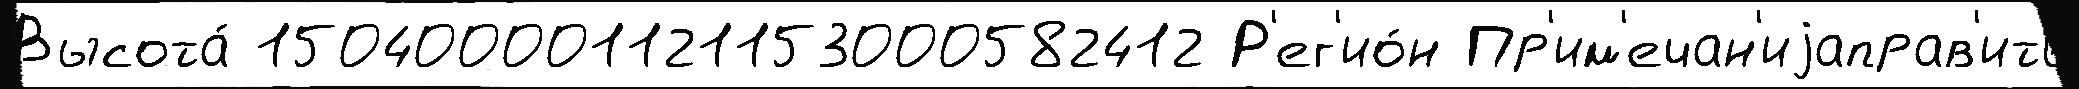
Высота́ 150400001121153000582412 Р'ег'ио́н Пр'им'ечан'иjаправ'ить